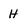
Character: H